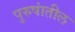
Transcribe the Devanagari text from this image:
पुरुषांतील